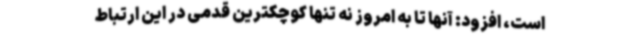
است، افزود: آنها تا به امروز نه تنها کوچکترین قدمی در این ارتباط